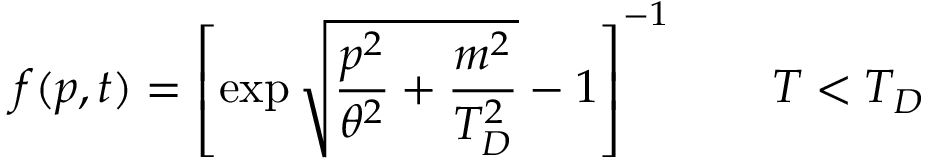
f ( p , t ) = \left[ \exp \sqrt { \frac { p ^ { 2 } } { \theta ^ { 2 } } + \frac { m ^ { 2 } } { T _ { D } ^ { 2 } } } - 1 \right] ^ { - 1 } \ \ \ \ \ \ T < T _ { D }